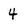
Character: 4